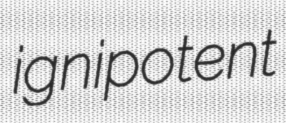
ignipotent